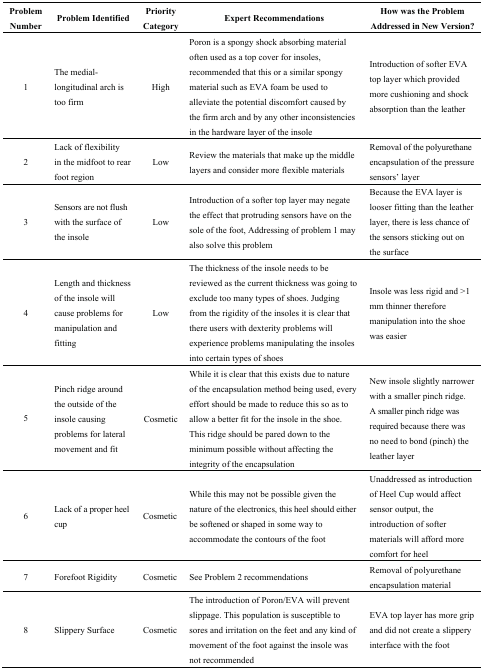
| Problem Number | Problem Identified | Priority Category | Expert Recommendations | How was the Problem Addressed in New Version? |
 | --- | --- | --- | --- | --- |
 | 1 | The medial-longitudinal arch is too firm | High | Poron is a spongy shock absorbing material often used as a top cover for insoles, recommended that this or a similar spongy material such as EVA foam be used to alleviate the potential discomfort caused by the firm arch and by any other inconsistencies in the hardware layer of the insole | Introduction of softer EVA top layer which provided more cushioning and shock absorption than the leather |
 | 2 | Lack of flexibility in the midfoot to rear foot region | Low | Review the materials that make up the middle layers and consider more flexible materials | Removal of the polyurethane encapsulation of the pressure sensors’ layer |
 | 3 | Sensors are not flush with the surface of the insole | Low | Introduction of a softer top layer may negate the effect that protruding sensors have on the sole of the foot, Addressing of problem 1 may also solve this problem | Because the EVA layer is looser fitting than the leather layer, there is less chance of the sensors sticking out on the surface |
 | 4 | Length and thickness of the insole will cause problems for manipulation and fitting | Low | The thickness of the insole needs to be reviewed as the current thickness was going to exclude too many types of shoes. Judging from the rigidity of the insoles it is clear that there users with dexterity problems will experience problems manipulating the insoles into certain types of shoes | Insole was less rigid and >1 mm thinner therefore manipulation into the shoe was easier |
 | 5 | Pinch ridge around the outside of the insole causing problems for lateral movement and fit | Cosmetic | While it is clear that this exists due to nature of the encapsulation method being used, every effort should be made to reduce this so as to allow a better fit for the insole in the shoe. This ridge should be pared down to the minimum possible without affecting the integrity of the encapsulation | New insole slightly narrower with a smaller pinch ridge. A smaller pinch ridge was required because there was no need to bond (pinch) the leather layer |
 | 6 | Lack of a proper heel cup | Cosmetic | While this may not be possible given the nature of the electronics, this heel should either be softened or shaped in some way to accommodate the contours of the foot | Unaddressed as introduction of Heel Cup would affect sensor output, the introduction of softer materials will afford more comfort for heel |
 | 7 | Forefoot Rigidity | Cosmetic | See Problem 2 recommendations | Removal of polyurethane encapsulation material |
 | 8 | Slippery Surface | Cosmetic | The introduction of Poron/EVA will prevent slippage. This population is susceptible to sores and irritation on the feet and any kind of movement of the foot against the insole was not recommended | EVA top layer has more grip and did not create a slippery interface with the foot |